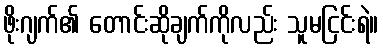
ဖိုးဂျက်၏ တောင်းဆိုချက်ကိုလည်း သူမငြင်းရဲ။